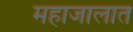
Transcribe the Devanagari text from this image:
महाजालात